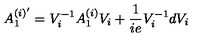
A _ { 1 } ^ { ( i ) ^ { \prime } } = V _ { i } ^ { - 1 } A _ { 1 } ^ { ( i ) } V _ { i } + \frac { 1 } { i e } V _ { i } ^ { - 1 } d V _ { i }